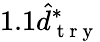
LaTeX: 1.1\hat{d}_{\mathrm{~t~r~y~}}^{*}